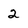
Character: 2